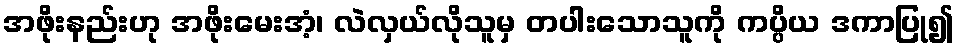
အဖိုးနည်းဟု အဖိုးမေးအံ့၊ လဲလှယ်လိုသူမှ တပါးသောသူကို ကပ္ပိယ ဒကာပြု၍